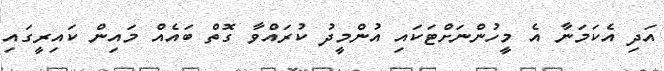
އަދި އެކަމަނާ އެ މީހުންނަށްޓަކައި އުންމީދު ކުރައްވާ ގޮތް ބައެއް މައިން ކައިރީގައި